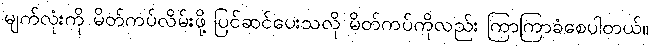
မျက်လုံးကို မိတ်ကပ်လိမ်းဖို့ ပြင်ဆင်ပေးသလို မိတ်ကပ်ကိုလည်း ကြာကြာခံစေပါတယ်။